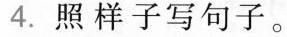
4.照样子写句子。